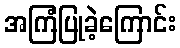
အကြံပြုခဲ့ကြောင်း